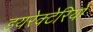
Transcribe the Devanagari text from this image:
डयरेक्टेरियो